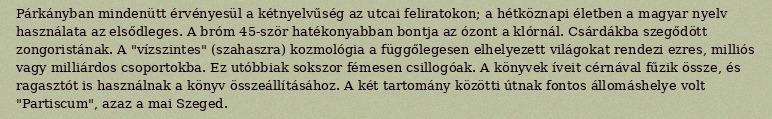
Párkányban mindenütt érvényesül a kétnyelvűség az utcai feliratokon; a hétköznapi életben a magyar nyelv használata az elsődleges. A bróm 45-ször hatékonyabban bontja az ózont a klórnál. Csárdákba szegődött zongoristának. A "vízszintes" (szahaszra) kozmológia a függőlegesen elhelyezett világokat rendezi ezres, milliós vagy milliárdos csoportokba. Ez utóbbiak sokszor fémesen csillogóak. A könyvek íveit cérnával fűzik össze, és ragasztót is használnak a könyv összeállításához. A két tartomány közötti útnak fontos állomáshelye volt "Partiscum", azaz a mai Szeged.